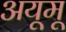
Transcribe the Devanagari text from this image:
अयूमू